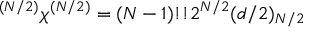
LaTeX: ^ { ( N / 2 ) } \chi ^ { ( N / 2 ) } = ( N - 1 ) ! ! 2 ^ { N / 2 } ( d / 2 ) _ { N / 2 }